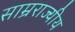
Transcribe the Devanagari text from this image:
साम्रराज्यीय